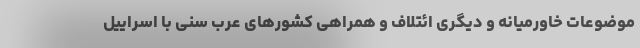
موضوعات خاورمیانه و دیگری ائتلاف و همراهی کشورهای عرب سنی با اسراییل